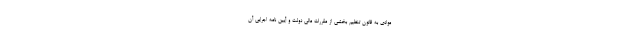
موادی به قانون تنظیم بخشی از مقررات مالی دولت و آیین نامه اجرایی آن